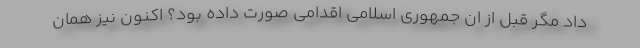
داد مگر قبل از ان جمهوری اسلامی اقدامی صورت داده بود؟ اکنون نیز همان